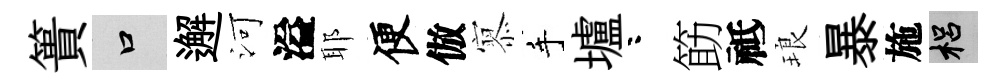
簣口邂河溢耶便倣𡪹手壚咯筯祗琅暴施梠